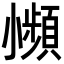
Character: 𫵍